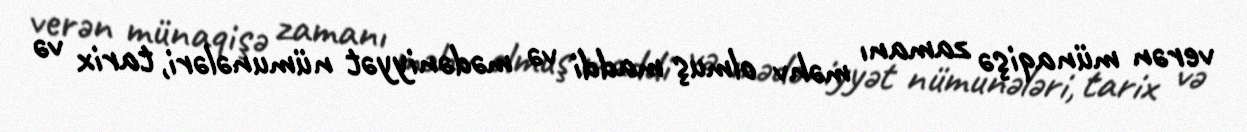
verən münaqişə zamanı məhv olmuş maddi və mədəniyyət nümunələri, tarix və